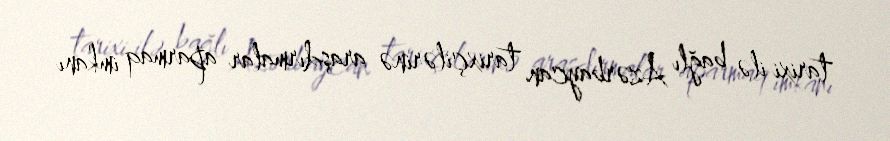
tarixi ilə bağlı Azərbaycan tarixçilərinə araşdırmalar aparmaq imkanı